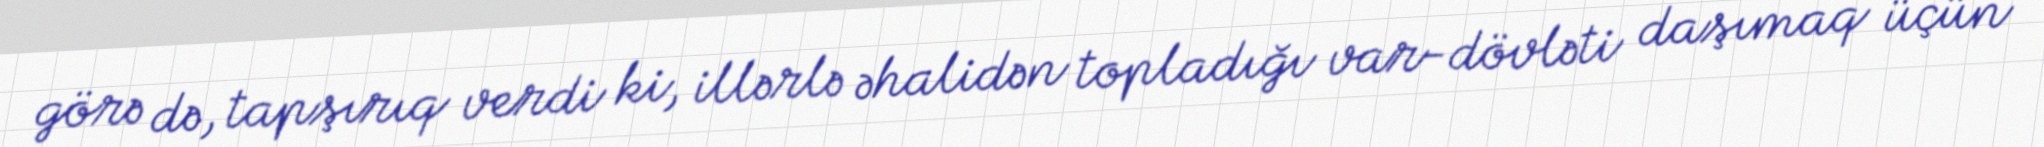
görə də, tapşırıq verdi ki, illərlə əhalidən topladığı var-dövləti daşımaq üçün